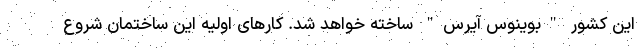
این کشور "بوینوس آیرس" ساخته خواهد شد. کارهای اولیه این ساختمان شروع